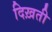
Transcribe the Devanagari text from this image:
दिख़ती